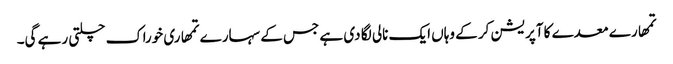
تمھارے معدے کا آپریشن کر کے وہاں ایک نالی لگا دی ہے جس کے سہارے تمھاری خوراک چلتی رہے گی۔